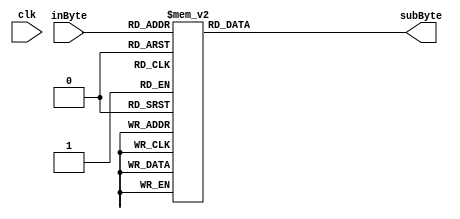
// iverilog -g2005-sv -o test_sub s_box.v s_box_tb.v

module s_box(
    input clk,
    input [7:0] inByte,
    output reg [7:0] subByte
);

// The whole s-box table
// rijndael_sbox[255:0] = {8'h63, 8'h7C, 8'h77, 8'h7B, 8'hF2, 8'h6B, 8'h6F, 8'hC5, 8'h30, 8'h01, 8'h67, 8'h2B, 8'hFE, 8'hD7, 8'hAB, 8'h76, 8'hCA, 8'h82, 8'hC9, 8'h7D, 8'hFA, 8'h59, 8'h47, 8'hF0, 8'hAD, 8'hD4, 8'hA2, 8'hAF, 8'h9C, 8'hA4, 8'h72, 8'hC0, 8'hB7, 8'hFD, 8'h93, 8'h26, 8'h36, 8'h3F, 8'hF7, 8'hCC, 8'h34, 8'hA5, 8'hE5, 8'hF1, 8'h71, 8'hD8, 8'h31, 8'h15, 8'h04, 8'hC7, 8'h23, 8'hC3, 8'h18, 8'h96, 8'h05, 8'h9A, 8'h07, 8'h12, 8'h80, 8'hE2, 8'hEB, 8'h27, 8'hB2, 8'h75, 8'h09, 8'h83, 8'h2C, 8'h1A, 8'h1B, 8'h6E, 8'h5A, 8'hA0, 8'h52, 8'h3B, 8'hD6, 8'hB3, 8'h29, 8'hE3, 8'h2F, 8'h84, 8'h53, 8'hD1, 8'h00, 8'hED, 8'h20, 8'hFC, 8'hB1, 8'h5B, 8'h6A, 8'hCB, 8'hBE, 8'h39, 8'h4A, 8'h4C, 8'h58, 8'hCF, 8'hD0, 8'hEF, 8'hAA, 8'hFB, 8'h43, 8'h4D, 8'h33, 8'h85, 8'h45, 8'hF9, 8'h02, 8'h7F, 8'h50, 8'h3C, 8'h9F, 8'hA8, 8'h51, 8'hA3, 8'h40, 8'h8F, 8'h92, 8'h9D, 8'h38, 8'hF5, 8'hBC, 8'hB6, 8'hDA, 8'h21, 8'h10, 8'hFF, 8'hF3, 8'hD2, 8'hCD, 8'h0C, 8'h13, 8'hEC, 8'h5F, 8'h97, 8'h44, 8'h17, 8'hC4, 8'hA7, 8'h7E, 8'h3D, 8'h64, 8'h5D, 8'h19, 8'h73, 8'h60, 8'h81, 8'h4F, 8'hDC, 8'h22, 8'h2A, 8'h90, 8'h88, 8'h46, 8'hEE, 8'hB8, 8'h14, 8'hDE, 8'h5E, 8'h0B, 8'hDB, 8'hE0, 8'h32, 8'h3A, 8'h0A, 8'h49, 8'h06, 8'h24, 8'h5C, 8'hC2, 8'hD3, 8'hAC, 8'h62, 8'h91, 8'h95, 8'hE4, 8'h79, 8'hE7, 8'hC8, 8'h37, 8'h6D, 8'h8D, 8'hD5, 8'h4E, 8'hA9, 8'h6C, 8'h56, 8'hF4, 8'hEA, 8'h65, 8'h7A, 8'hAE, 8'h08, 8'hBA, 8'h78, 8'h25, 8'h2E, 8'h1C, 8'hA6, 8'hB4, 8'hC6, 8'hE8, 8'hDD, 8'h74, 8'h1F, 8'h4B, 8'hBD, 8'h8B, 8'h8A, 8'h70, 8'h3E, 8'hB5, 8'h66, 8'h48, 8'h03, 8'hF6, 8'h0E, 8'h61, 8'h35, 8'h57, 8'hB9, 8'h86, 8'hC1, 8'h1D, 8'h9E, 8'hE1, 8'hF8, 8'h98, 8'h11, 8'h69, 8'hD9, 8'h8E, 8'h94, 8'h9B, 8'h1E, 8'h87, 8'hE9, 8'hCE, 8'h55, 8'h28, 8'hDF, 8'h8C, 8'hA1, 8'h89, 8'h0D, 8'hBF, 8'hE6, 8'h42, 8'h68, 8'h41, 8'h99, 8'h2D, 8'h0F, 8'hB0, 8'h54, 8'hBB, 8'h16};

always @(*) begin
  case(inByte)
        8'd0: subByte <= 8'h63;
        8'd1: subByte <= 8'h7c;
        8'd2: subByte <= 8'h77;
        8'd3: subByte <= 8'h7b;
        8'd4: subByte <= 8'hf2;
        8'd5: subByte <= 8'h6b;
        8'd6: subByte <= 8'h6f;
        8'd7: subByte <= 8'hc5;
        8'd8: subByte <= 8'h30;
        8'd9: subByte <= 8'h01;
        8'd10: subByte <= 8'h67;
        8'd11: subByte <= 8'h2b;
        8'd12: subByte <= 8'hfe;
        8'd13: subByte <= 8'hd7;
        8'd14: subByte <= 8'hab;
        8'd15: subByte <= 8'h76;
        8'd16: subByte <= 8'hca;
        8'd17: subByte <= 8'h82;
        8'd18: subByte <= 8'hc9;
        8'd19: subByte <= 8'h7d;
        8'd20: subByte <= 8'hfa;
        8'd21: subByte <= 8'h59;
        8'd22: subByte <= 8'h47;
        8'd23: subByte <= 8'hf0;
        8'd24: subByte <= 8'had;
        8'd25: subByte <= 8'hd4;
        8'd26: subByte <= 8'ha2;
        8'd27: subByte <= 8'haf;
        8'd28: subByte <= 8'h9c;
        8'd29: subByte <= 8'ha4;
        8'd30: subByte <= 8'h72;
        8'd31: subByte <= 8'hc0;
        8'd32: subByte <= 8'hb7;
        8'd33: subByte <= 8'hfd;
        8'd34: subByte <= 8'h93;
        8'd35: subByte <= 8'h26;
        8'd36: subByte <= 8'h36;
        8'd37: subByte <= 8'h3f;
        8'd38: subByte <= 8'hf7;
        8'd39: subByte <= 8'hcc;
        8'd40: subByte <= 8'h34;
        8'd41: subByte <= 8'ha5;
        8'd42: subByte <= 8'he5;
        8'd43: subByte <= 8'hf1;
        8'd44: subByte <= 8'h71;
        8'd45: subByte <= 8'hd8;
        8'd46: subByte <= 8'h31;
        8'd47: subByte <= 8'h15;
        8'd48: subByte <= 8'h04;
        8'd49: subByte <= 8'hc7;
        8'd50: subByte <= 8'h23;
        8'd51: subByte <= 8'hc3;
        8'd52: subByte <= 8'h18;
        8'd53: subByte <= 8'h96;
        8'd54: subByte <= 8'h05;
        8'd55: subByte <= 8'h9a;
        8'd56: subByte <= 8'h07;
        8'd57: subByte <= 8'h12;
        8'd58: subByte <= 8'h80;
        8'd59: subByte <= 8'he2;
        8'd60: subByte <= 8'heb;
        8'd61: subByte <= 8'h27;
        8'd62: subByte <= 8'hb2;
        8'd63: subByte <= 8'h75;
        8'd64: subByte <= 8'h09;
        8'd65: subByte <= 8'h83;
        8'd66: subByte <= 8'h2c;
        8'd67: subByte <= 8'h1a;
        8'd68: subByte <= 8'h1b;
        8'd69: subByte <= 8'h6e;
        8'd70: subByte <= 8'h5a;
        8'd71: subByte <= 8'ha0;
        8'd72: subByte <= 8'h52;
        8'd73: subByte <= 8'h3b;
        8'd74: subByte <= 8'hd6;
        8'd75: subByte <= 8'hb3;
        8'd76: subByte <= 8'h29;
        8'd77: subByte <= 8'he3;
        8'd78: subByte <= 8'h2f;
        8'd79: subByte <= 8'h84;
        8'd80: subByte <= 8'h53;
        8'd81: subByte <= 8'hd1;
        8'd82: subByte <= 8'h00;
        8'd83: subByte <= 8'hed;
        8'd84: subByte <= 8'h20;
        8'd85: subByte <= 8'hfc;
        8'd86: subByte <= 8'hb1;
        8'd87: subByte <= 8'h5b;
        8'd88: subByte <= 8'h6a;
        8'd89: subByte <= 8'hcb;
        8'd90: subByte <= 8'hbe;
        8'd91: subByte <= 8'h39;
        8'd92: subByte <= 8'h4a;
        8'd93: subByte <= 8'h4c;
        8'd94: subByte <= 8'h58;
        8'd95: subByte <= 8'hcf;
        8'd96: subByte <= 8'hd0;
        8'd97: subByte <= 8'hef;
        8'd98: subByte <= 8'haa;
        8'd99: subByte <= 8'hfb;
        8'd100: subByte <= 8'h43;
        8'd101: subByte <= 8'h4d;
        8'd102: subByte <= 8'h33;
        8'd103: subByte <= 8'h85;
        8'd104: subByte <= 8'h45;
        8'd105: subByte <= 8'hf9;
        8'd106: subByte <= 8'h02;
        8'd107: subByte <= 8'h7f;
        8'd108: subByte <= 8'h50;
        8'd109: subByte <= 8'h3c;
        8'd110: subByte <= 8'h9f;
        8'd111: subByte <= 8'ha8;
        8'd112: subByte <= 8'h51;
        8'd113: subByte <= 8'ha3;
        8'd114: subByte <= 8'h40;
        8'd115: subByte <= 8'h8f;
        8'd116: subByte <= 8'h92;
        8'd117: subByte <= 8'h9d;
        8'd118: subByte <= 8'h38;
        8'd119: subByte <= 8'hf5;
        8'd120: subByte <= 8'hbc;
        8'd121: subByte <= 8'hb6;
        8'd122: subByte <= 8'hda;
        8'd123: subByte <= 8'h21;
        8'd124: subByte <= 8'h10;
        8'd125: subByte <= 8'hff;
        8'd126: subByte <= 8'hf3;
        8'd127: subByte <= 8'hd2;
        8'd128: subByte <= 8'hcd;
        8'd129: subByte <= 8'h0c;
        8'd130: subByte <= 8'h13;
        8'd131: subByte <= 8'hec;
        8'd132: subByte <= 8'h5f;
        8'd133: subByte <= 8'h97;
        8'd134: subByte <= 8'h44;
        8'd135: subByte <= 8'h17;
        8'd136: subByte <= 8'hc4;
        8'd137: subByte <= 8'ha7;
        8'd138: subByte <= 8'h7e;
        8'd139: subByte <= 8'h3d;
        8'd140: subByte <= 8'h64;
        8'd141: subByte <= 8'h5d;
        8'd142: subByte <= 8'h19;
        8'd143: subByte <= 8'h73;
        8'd144: subByte <= 8'h60;
        8'd145: subByte <= 8'h81;
        8'd146: subByte <= 8'h4f;
        8'd147: subByte <= 8'hdc;
        8'd148: subByte <= 8'h22;
        8'd149: subByte <= 8'h2a;
        8'd150: subByte <= 8'h90;
        8'd151: subByte <= 8'h88;
        8'd152: subByte <= 8'h46;
        8'd153: subByte <= 8'hee;
        8'd154: subByte <= 8'hb8;
        8'd155: subByte <= 8'h14;
        8'd156: subByte <= 8'hde;
        8'd157: subByte <= 8'h5e;
        8'd158: subByte <= 8'h0b;
        8'd159: subByte <= 8'hdb;
        8'd160: subByte <= 8'he0;
        8'd161: subByte <= 8'h32;
        8'd162: subByte <= 8'h3a;
        8'd163: subByte <= 8'h0a;
        8'd164: subByte <= 8'h49;
        8'd165: subByte <= 8'h06;
        8'd166: subByte <= 8'h24;
        8'd167: subByte <= 8'h5c;
        8'd168: subByte <= 8'hc2;
        8'd169: subByte <= 8'hd3;
        8'd170: subByte <= 8'hac;
        8'd171: subByte <= 8'h62;
        8'd172: subByte <= 8'h91;
        8'd173: subByte <= 8'h95;
        8'd174: subByte <= 8'he4;
        8'd175: subByte <= 8'h79;
        8'd176: subByte <= 8'he7;
        8'd177: subByte <= 8'hc8;
        8'd178: subByte <= 8'h37;
        8'd179: subByte <= 8'h6d;
        8'd180: subByte <= 8'h8d;
        8'd181: subByte <= 8'hd5;
        8'd182: subByte <= 8'h4e;
        8'd183: subByte <= 8'ha9;
        8'd184: subByte <= 8'h6c;
        8'd185: subByte <= 8'h56;
        8'd186: subByte <= 8'hf4;
        8'd187: subByte <= 8'hea;
        8'd188: subByte <= 8'h65;
        8'd189: subByte <= 8'h7a;
        8'd190: subByte <= 8'hae;
        8'd191: subByte <= 8'h08;
        8'd192: subByte <= 8'hba;
        8'd193: subByte <= 8'h78;
        8'd194: subByte <= 8'h25;
        8'd195: subByte <= 8'h2e;
        8'd196: subByte <= 8'h1c;
        8'd197: subByte <= 8'ha6;
        8'd198: subByte <= 8'hb4;
        8'd199: subByte <= 8'hc6;
        8'd200: subByte <= 8'he8;
        8'd201: subByte <= 8'hdd;
        8'd202: subByte <= 8'h74;
        8'd203: subByte <= 8'h1f;
        8'd204: subByte <= 8'h4b;
        8'd205: subByte <= 8'hbd;
        8'd206: subByte <= 8'h8b;
        8'd207: subByte <= 8'h8a;
        8'd208: subByte <= 8'h70;
        8'd209: subByte <= 8'h3e;
        8'd210: subByte <= 8'hb5;
        8'd211: subByte <= 8'h66;
        8'd212: subByte <= 8'h48;
        8'd213: subByte <= 8'h03;
        8'd214: subByte <= 8'hf6;
        8'd215: subByte <= 8'h0e;
        8'd216: subByte <= 8'h61;
        8'd217: subByte <= 8'h35;
        8'd218: subByte <= 8'h57;
        8'd219: subByte <= 8'hb9;
        8'd220: subByte <= 8'h86;
        8'd221: subByte <= 8'hc1;
        8'd222: subByte <= 8'h1d;
        8'd223: subByte <= 8'h9e;
        8'd224: subByte <= 8'he1;
        8'd225: subByte <= 8'hf8;
        8'd226: subByte <= 8'h98;
        8'd227: subByte <= 8'h11;
        8'd228: subByte <= 8'h69;
        8'd229: subByte <= 8'hd9;
        8'd230: subByte <= 8'h8e;
        8'd231: subByte <= 8'h94;
        8'd232: subByte <= 8'h9b;
        8'd233: subByte <= 8'h1e;
        8'd234: subByte <= 8'h87;
        8'd235: subByte <= 8'he9;
        8'd236: subByte <= 8'hce;
        8'd237: subByte <= 8'h55;
        8'd238: subByte <= 8'h28;
        8'd239: subByte <= 8'hdf;
        8'd240: subByte <= 8'h8c;
        8'd241: subByte <= 8'ha1;
        8'd242: subByte <= 8'h89;
        8'd243: subByte <= 8'h0d;
        8'd244: subByte <= 8'hbf;
        8'd245: subByte <= 8'he6;
        8'd246: subByte <= 8'h42;
        8'd247: subByte <= 8'h68;
        8'd248: subByte <= 8'h41;
        8'd249: subByte <= 8'h99;
        8'd250: subByte <= 8'h2d;
        8'd251: subByte <= 8'h0f;
        8'd252: subByte <= 8'hb0;
        8'd253: subByte <= 8'h54;
        8'd254: subByte <= 8'hbb;
        8'd255: subByte <= 8'h16;
  endcase
  //$display("index=%h, val=%h", inByte, subByte);
end

endmodule